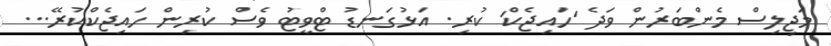
މަޖިލިސް މެންބަރުން ވަދެ 'ހައިޖެކް' ކުރި. އަޅުގަނޑު ޓްވީޓު ވެސް ކުރިން ހައިޖެކްކުރޭ...